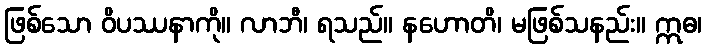
ဖြစ်သော ဝိပဿနာကို။ လာဘီ၊ ရသည်။ နဟောတိ၊ မဖြစ်သနည်း။ ဣဓ၊